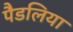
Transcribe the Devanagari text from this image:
पैडलिया